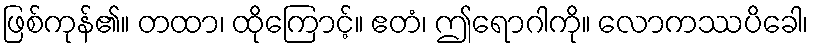
ဖြစ်ကုန်၏။ တထာ၊ ထိုကြောင့်။ ဧတံ၊ ဤရောဂါကို။ လောကဿပိခေါ၊